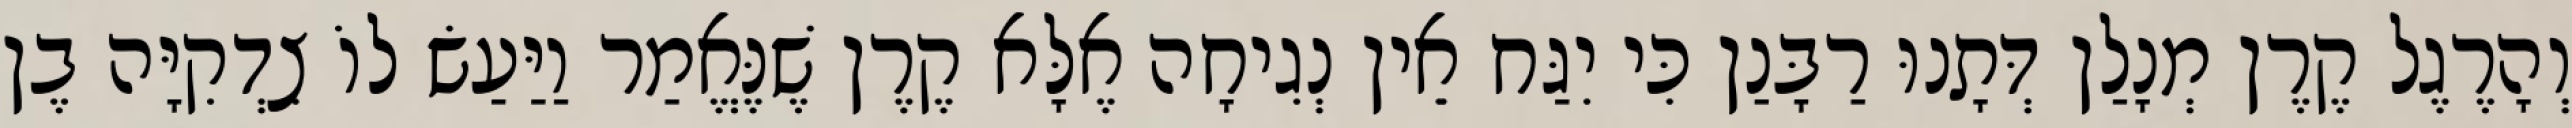
וְהָרֶגֶל קֶרֶן מְנָלַן דְּתָנוּ רַבָּנַן כִּי יִגַּח אֵין נְגִיחָה אֶלָּא קֶרֶן שֶׁנֶּאֱמַר וַיַּעַשׂ לוֹ צִדְקִיָּה בֶן